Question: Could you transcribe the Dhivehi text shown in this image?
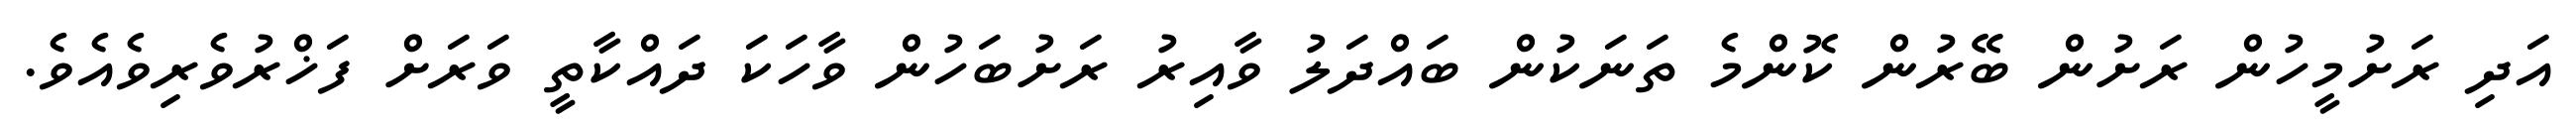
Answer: އަދި ރަށުމީހުން ރަށުން ބޭރުން ކޮންމެ ތަނަކުން ބައްދަލު ވާއިރު ރަށުބަހުން ވާހަކަ ދައްކާތީ ވަރަށް ފަޚްރުވެރިވެއެވެ.